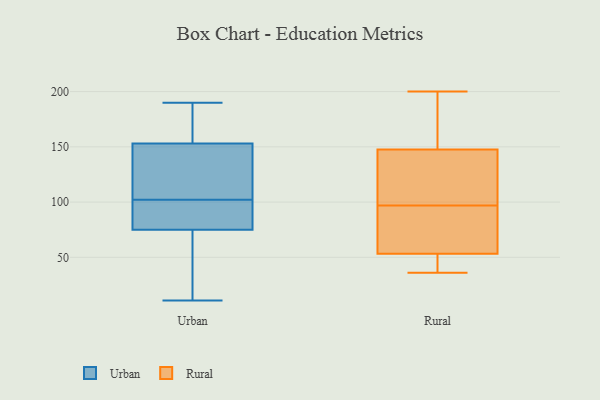
{"axis": {"x": "Latency (ms)", "y": "Value"}, "legend": ["Rural", "Urban"], "data": [{"x": "", "y": 169, "type": "Urban"}, {"x": "", "y": 151, "type": "Urban"}, {"x": "", "y": 190, "type": "Urban"}, {"x": "", "y": 75, "type": "Urban"}, {"x": "", "y": 11, "type": "Urban"}, {"x": "", "y": 75, "type": "Urban"}, {"x": "", "y": 122, "type": "Urban"}, {"x": "", "y": 80, "type": "Urban"}, {"x": "", "y": 171, "type": "Urban"}, {"x": "", "y": 79, "type": "Urban"}, {"x": "", "y": 38, "type": "Urban"}, {"x": "", "y": 83, "type": "Urban"}, {"x": "", "y": 153, "type": "Urban"}, {"x": "", "y": 110, "type": "Urban"}, {"x": "", "y": 172, "type": "Urban"}, {"x": "", "y": 143, "type": "Urban"}, {"x": "", "y": 94, "type": "Urban"}, {"x": "", "y": 49, "type": "Urban"}, {"x": "", "y": 81, "type": "Rural"}, {"x": "", "y": 64, "type": "Rural"}, {"x": "", "y": 36, "type": "Rural"}, {"x": "", "y": 110, "type": "Rural"}, {"x": "", "y": 199, "type": "Rural"}, {"x": "", "y": 200, "type": "Rural"}, {"x": "", "y": 155, "type": "Rural"}, {"x": "", "y": 48, "type": "Rural"}, {"x": "", "y": 55, "type": "Rural"}, {"x": "", "y": 145, "type": "Rural"}, {"x": "", "y": 97, "type": "Rural"}, {"x": "", "y": 133, "type": "Rural"}, {"x": "", "y": 40, "type": "Rural"}]}